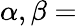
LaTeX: \alpha,\beta=